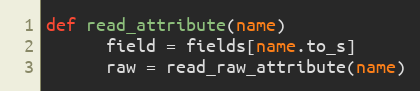
Language: Ruby
def read_attribute(name)
      field = fields[name.to_s]
      raw = read_raw_attribute(name)